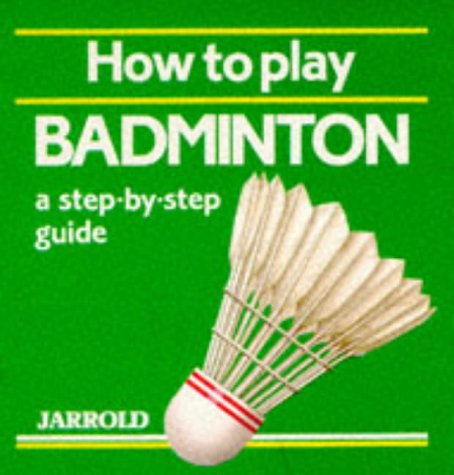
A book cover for How to Play Badminton: A Step-By-Step Guide (Jarrold Sports); Mike Shaw; Sports & Outdoors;